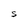
Character: S